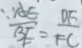
\therefore \frac { A E } { B E } = \frac { D F } { F C }